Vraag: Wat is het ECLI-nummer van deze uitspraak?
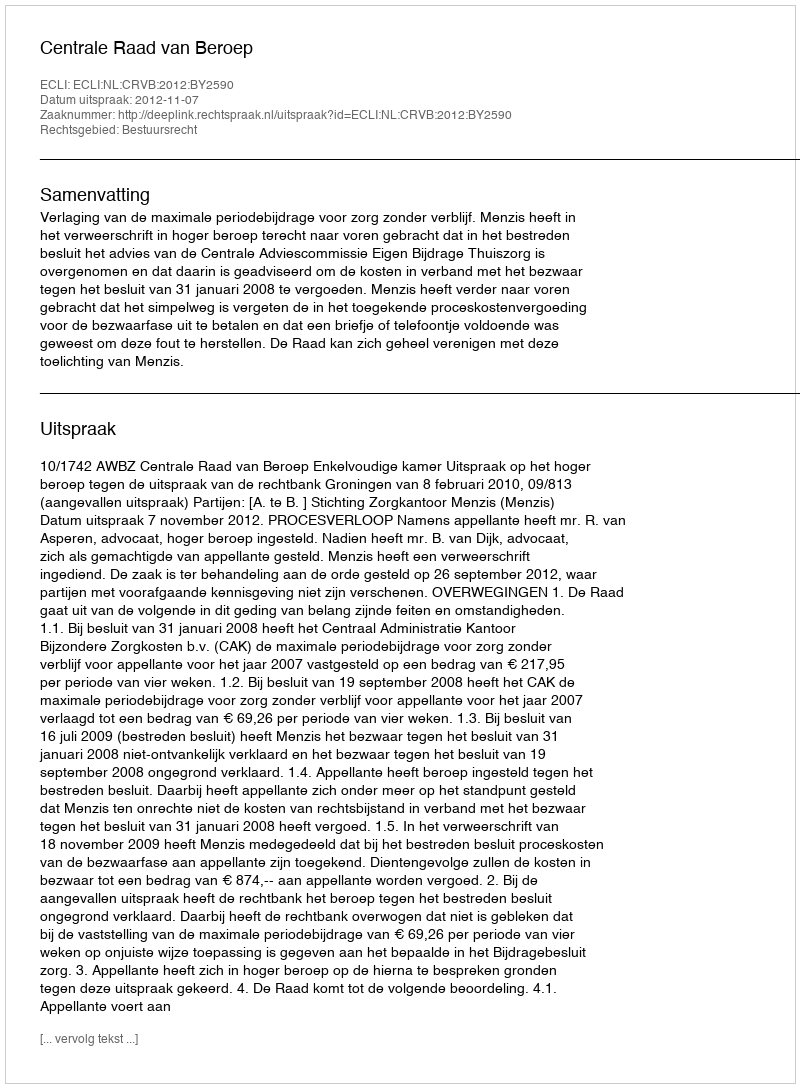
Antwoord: ECLI:NL:CRVB:2012:BY2590